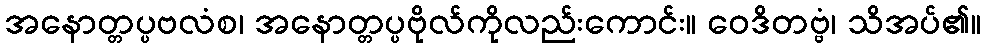
အနောတ္တပ္ပဗလံစ၊ အနောတ္တပ္ပဗိုလ်ကိုလည်းကောင်း။ ဝေဒိတဗ္ဗံ၊ သိအပ်၏။